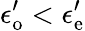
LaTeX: \epsilon_{\mathrm{o}}^{\prime}<\epsilon_{\mathrm{e}}^{\prime}